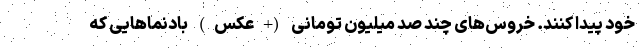
خود پیدا کنند. خروس‌های چند صد میلیون تومانی (+عکس) بادنماهایی که